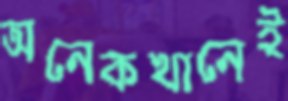
অনেকখানেই